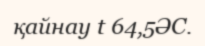
қайнау t 64,5ӘС.